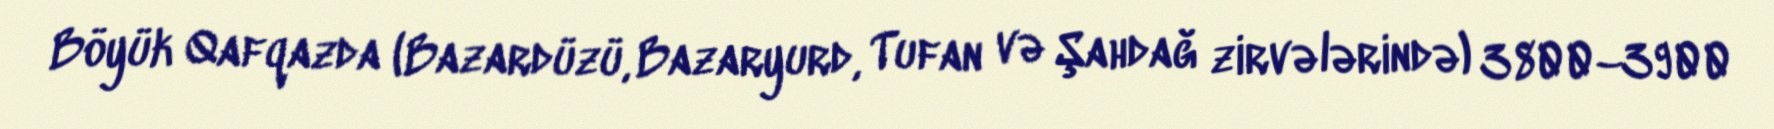
Böyük Qafqazda (Bazardüzü, Bazaryurd, Tufan və Şahdağ zirvələrində) 3800–3900